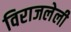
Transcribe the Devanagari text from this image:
विराजलेली